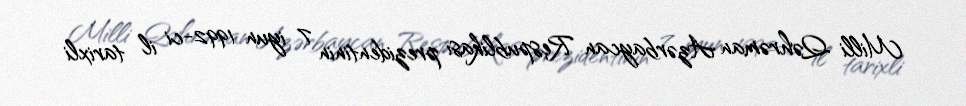
Milli Qəhrəman Azərbaycan Respublikası prezidentinin 7 iyun 1992-ci il tarixli